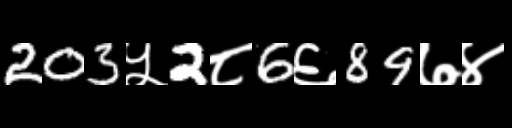
Text: 203५2८6६89७४